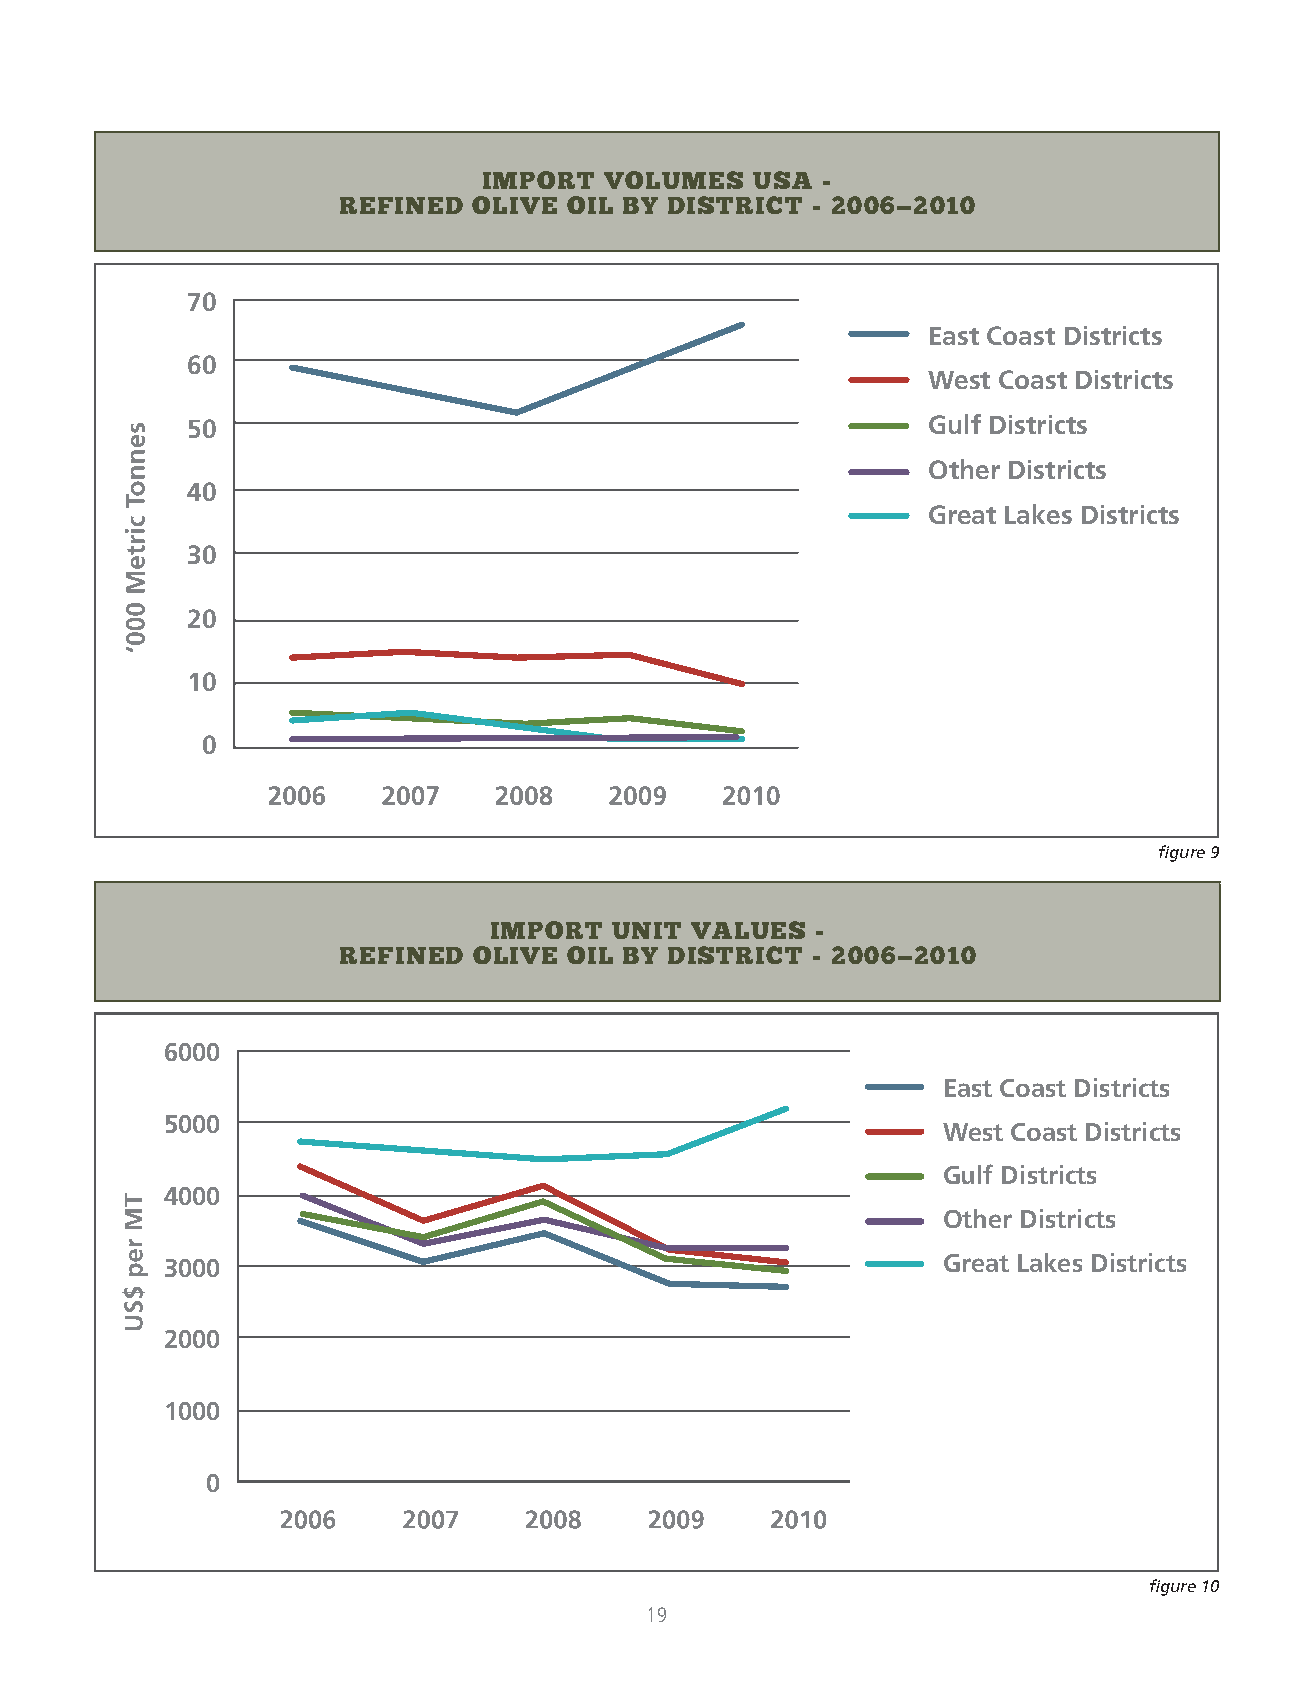
IMPORT  vOlUMES  USA  -
 REFInEd  OlIvE OIl by dISTRICT - 2006—2010
 70
 East Coast Districts
 60
 West Coast Districts
 50                                               Gulf Districts
 Other Districts
 40
 Great Lakes Districts
 30
 20
 10
 0
 figure 9
 IMPORT  UnIT vAlUES  -
 REFInEd  OlIvE OIl by dISTRICT - 2006—2010
 6000
 East Coast Districts
 5000
 West Coast Districts
 Gulf Districts
 4000
 Other Districts
 3000                                               Great Lakes Districts
 2000
 1000
 0
 figure 10
 19